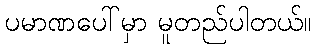
ပမာဏပေါ်မှာ မူတည်ပါတယ်။